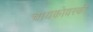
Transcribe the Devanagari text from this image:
चायकोवस्की